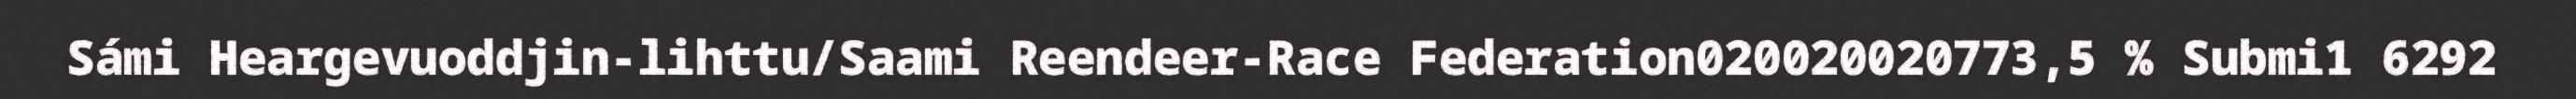
Sámi Heargevuoddjin-lihttu/Saami Reendeer-Race Federation020020020773,5 % Submi1 6292